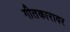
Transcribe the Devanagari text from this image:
गीतकारावर